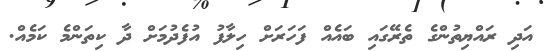
އަދި ރައްޔިތުންގެ ތެރޭގައި ބައެއް ފަހަރަށް ހިލާފު އުފެދުމަށް ދާ ކިތަންމެ ކަމެއް.